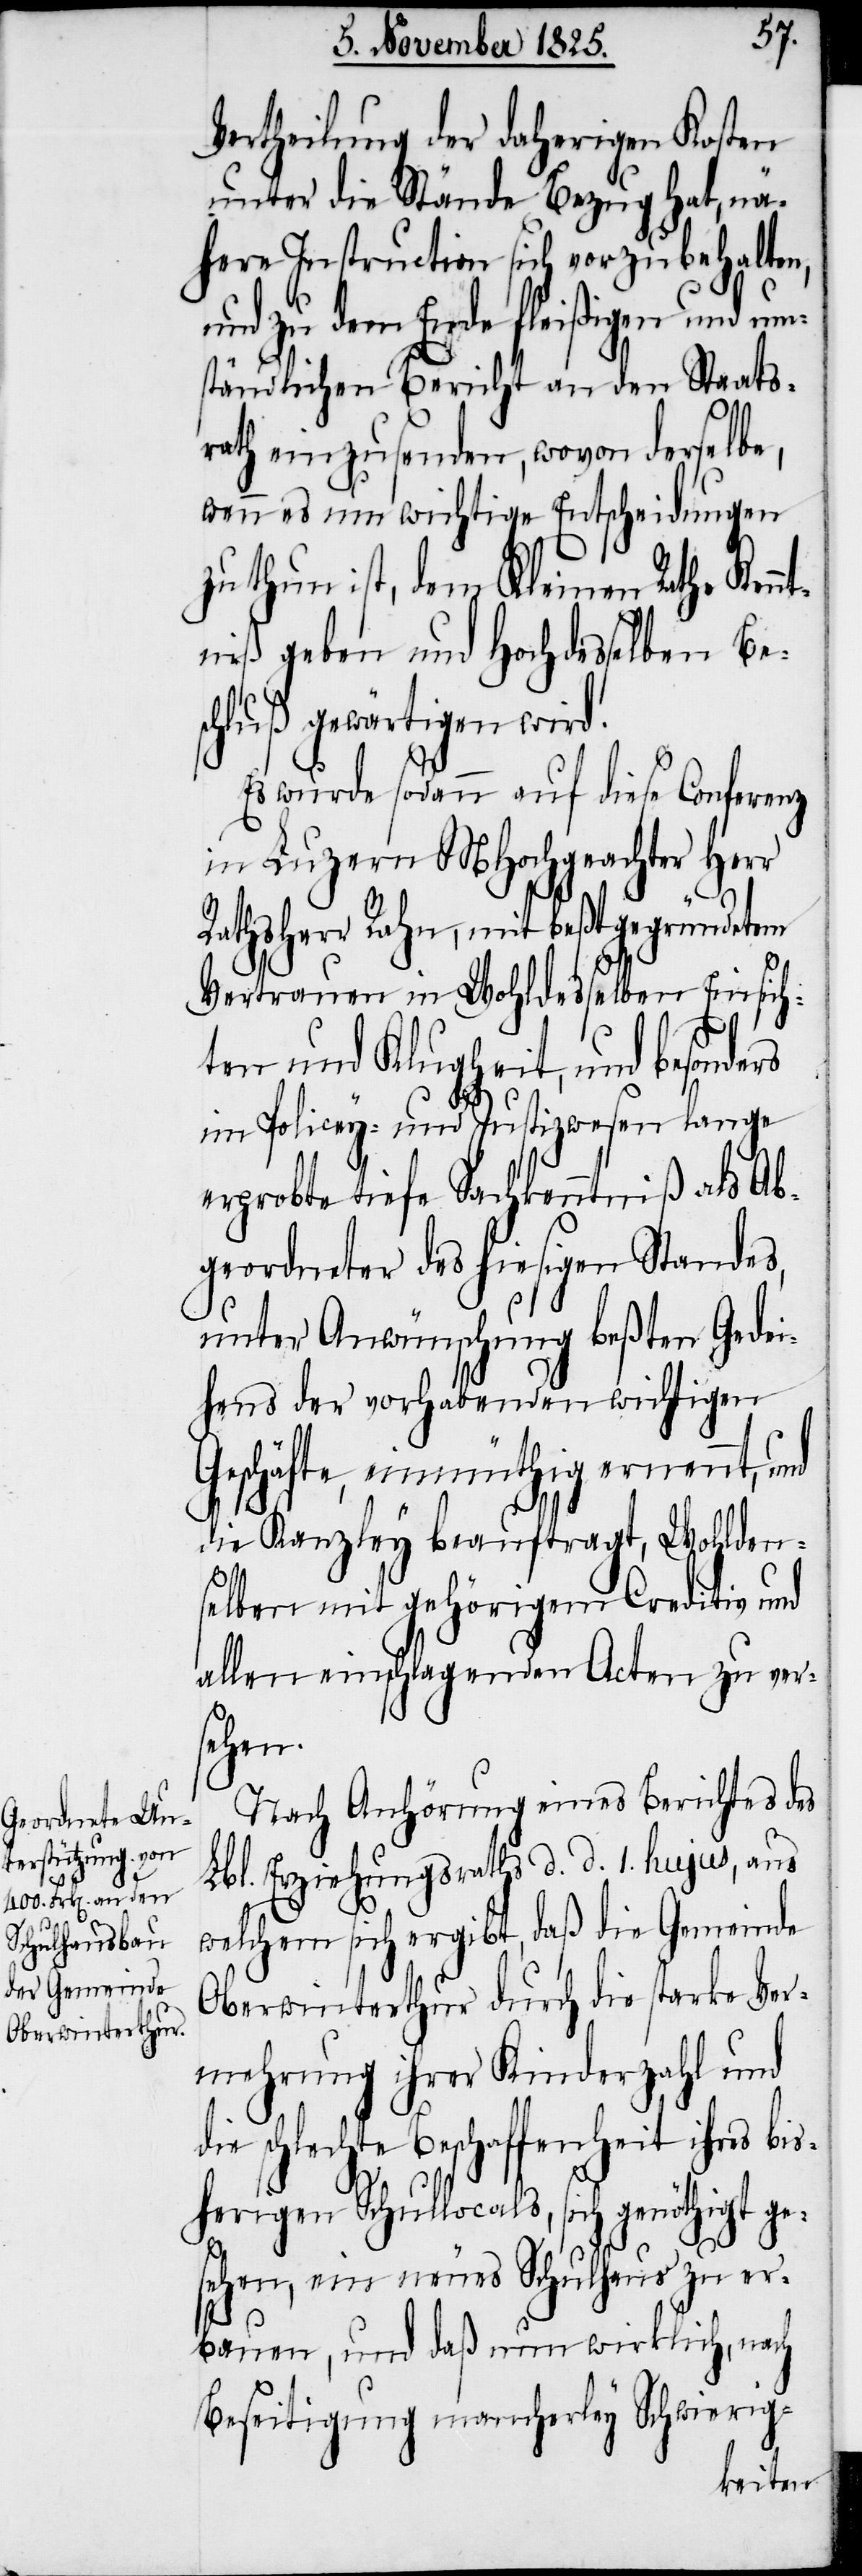
Vertheilung der daherigen Kosten
unter die Stände Bezug hat, nä¬
here Instruction sich vorzubehalten,
und zu dem Ende fleißigen und um¬
ständlichen Bericht an den Staats¬
rath einzusenden, wovon derselbe,
wenn es um wichtige Entscheidungen
zu thun ist, dem Kleinen Rathe Kenn¬
tniß geben und Hochdesselben Bes¬
chluß gewärtigen wird.
Es wurde sodann auf diese Conferenz
in Luzern MHochgeachter Herr
Rathsherr Rahn, mit beßtgegründetem
Vertrauen in Wohldesselben Einsich¬
ten und Klugheit, und besonders
im Policey- und Justizwesen lange¬
rprobte tiefe Sachkenntniß als Ab¬
geordneter des hiesigen Standes,
unter Anwünschung beßten Gedei¬
hens der vorhabenden wichtigen
Geschäfte, einmüthig ernannt, und
die Kanzley beauftragt, Wohlden¬
selben mit gehörigem Creditiv und
allen einschlagenden Acten zu ver¬
sehen.
Nach Anhörung eines Berichtes des
Lbl. Erziehungsraths d. d. 1. hujus, aus
welchem sich ergibt, daß die Gemeinde
Oberwinterthur durch die starke Ver¬
mehrung ihrer Kinderzahl und
die schlechte Beschaffenheit ihres bis¬
herigen Schullocals, sich genöthigt ge¬
sehen, ein neues Schulhaus zu er¬
bauen, und daß nun wirklich, nach
Beseitigung mancherley Schwierig-